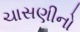
ચાસણીનો